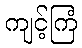
ကျင့်ကြံ